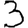
Digit: 3